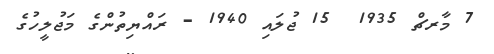
7 މާރޗް 1935  15 ޖުލައި 1940 - ރައްޔިތުންގެ މަޖުލީހުގެ